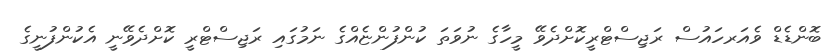
ބޮންޑެޑް ވެއަރހައުސް ރަޖިސްޓްރީކޮށްދެވޭ މީހާގެ ނުވަތަ ކުންފުންޏެއްގެ ނަމުގައި ރަޖިސްޓްރީ ކޮށްދެވޭނީ އެކުންފުނީގެ